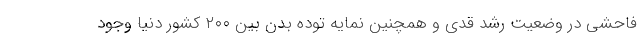
فاحشی در وضعیت رشد قدی و همچنین نمایه توده بدن بین ۲۰۰ کشور دنیا وجود